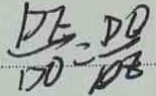
\frac { D E } { D O } = \frac { D O } { D B }